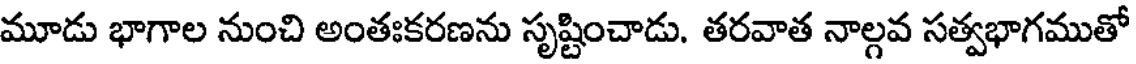
మూడు భాగాల నుంచి అంతఃకరణను సృష్టించాడు. తరవాత నాల్గవ సత్వభాగముతో